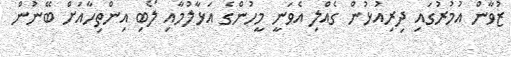
ޒުވާން އުމުރުގައި ދިރިއުޅުން ގެއްލި އެވަނީ މީހުންގެ އަޅާލުމާއި ލޯބި އިންތިހާއަށް ބޭނުން